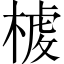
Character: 𣖳